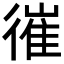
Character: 𢕘